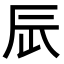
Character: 𨑃